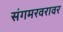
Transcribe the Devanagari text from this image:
संगमरवरावर